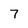
Character: 7